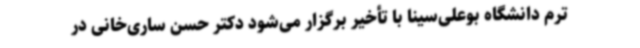
ترم دانشگاه بوعلی‌سینا با تأخیر برگزار می‌شود دکتر حسن ساری‌خانی در